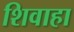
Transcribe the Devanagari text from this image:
शिवाहा